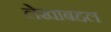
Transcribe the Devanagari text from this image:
लेखांबद्दल